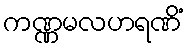
ကဏ္ဏမလဟရဏိံ